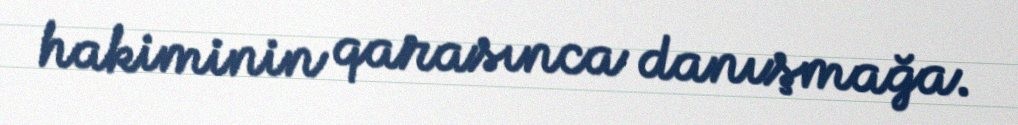
hakiminin qarasınca danışmağa.